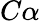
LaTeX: C\alpha